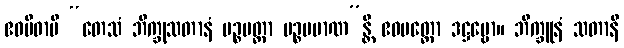
ဧဝမိဓာပိ “တေသံ ဘိက္ခုသတာနံ ပဉ္စမတ္တာ ပဉ္စပမာဏ”န္တိ ဧဝမတ္ထော ဒဋ္ဌဗ္ဗော။ ဘိက္ခူနံ သတာနိ